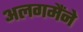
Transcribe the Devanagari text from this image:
अलगमैंने